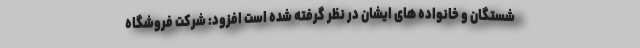
شستگان و خانواده های ایشان در نظر گرفته شده است افزود: شرکت فروشگاه